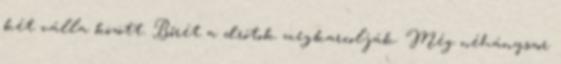
két válla között. Bőrét a drótok megkarcolják. Még néhányszor